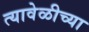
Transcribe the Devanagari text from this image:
त्यावेळीच्या